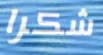
شكرا